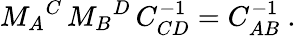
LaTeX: M_{A}{}^{C}\, M_{B}{}^{D}\, C_{CD}^{-1}=C_{AB}^{-1}\ .